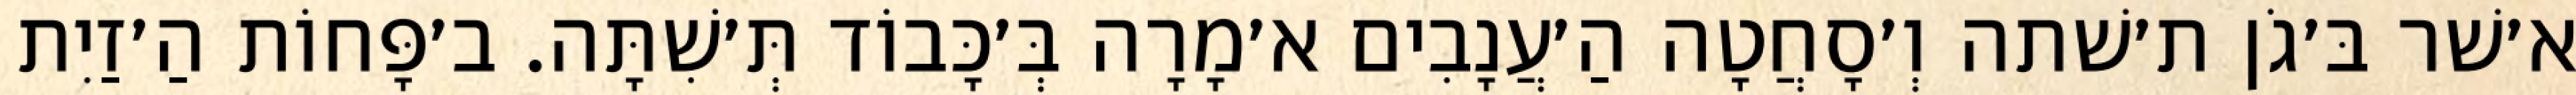
א׳שׁר בּ׳גֹן ת׳שׁתה וְ׳סָחֲטָה הַ׳עֲנָבִים א׳מָרָה בְּ׳כָּבוֹד תְּ׳שִׁתָּה. ב׳פָּחוֹת הַ׳זַיִת